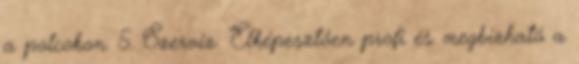
a polcokon. 5. Szerviz: Elképesztően profi és megbízható a